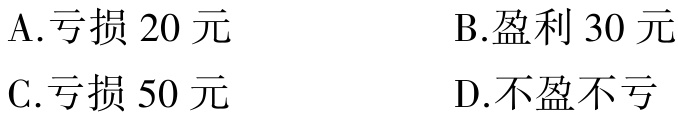
A.亏损 20 元

B.盈利 30 元

C.亏损 50 元

D.不盈不亏